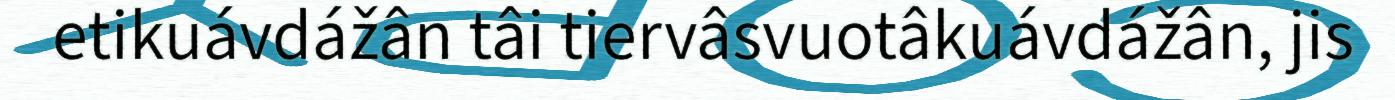
etikuávdážân tâi tiervâsvuotâkuávdážân, jis